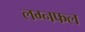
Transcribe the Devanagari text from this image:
लग्नफल